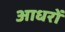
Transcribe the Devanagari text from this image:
आधरों